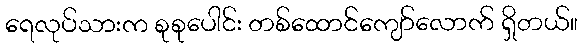
ရေလုပ်သားက စုစုပေါင်း တစ်ထောင်ကျော်လောက် ရှိတယ်။